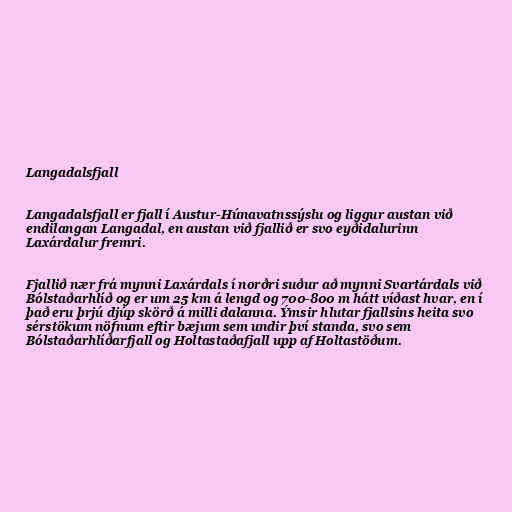
Langadalsfjall

Langadalsfjall er fjall í Austur-Húnavatnssýslu og liggur austan við
endilangan Langadal, en austan við fjallið er svo eyðidalurinn
Laxárdalur fremri.

Fjallið nær frá mynni Laxárdals í norðri suður að mynni Svartárdals við
Bólstaðarhlíð og er um 25 km á lengd og 700-800 m hátt víðast hvar, en í
það eru þrjú djúp skörð á milli dalanna. Ýmsir hlutar fjallsins heita svo
sérstökum nöfnum eftir bæjum sem undir því standa, svo sem
Bólstaðarhlíðarfjall og Holtastaðafjall upp af Holtastöðum.